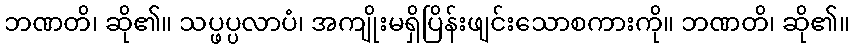
ဘဏတိ၊ ဆို၏။ သပ္ဖပ္ပလာပံ၊ အကျိုးမရှိပြိန်းဖျင်းသောစကားကို။ ဘဏတိ၊ ဆို၏။